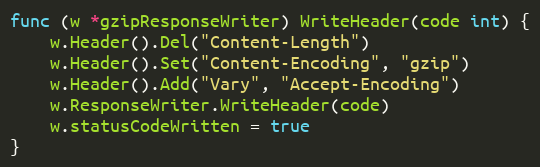
Language: Go
func (w *gzipResponseWriter) WriteHeader(code int) {
	w.Header().Del("Content-Length")
	w.Header().Set("Content-Encoding", "gzip")
	w.Header().Add("Vary", "Accept-Encoding")
	w.ResponseWriter.WriteHeader(code)
	w.statusCodeWritten = true
}